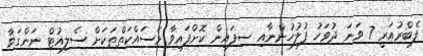
ފެބްރުއަރީ 7 ވަނަ ދުވަހު ފުލުހުންނާއި ސިފައިން ކޮށްފައިވާ މަސައްކަތްތަކަށް ސެލިއުޓް ނަންގަވާ